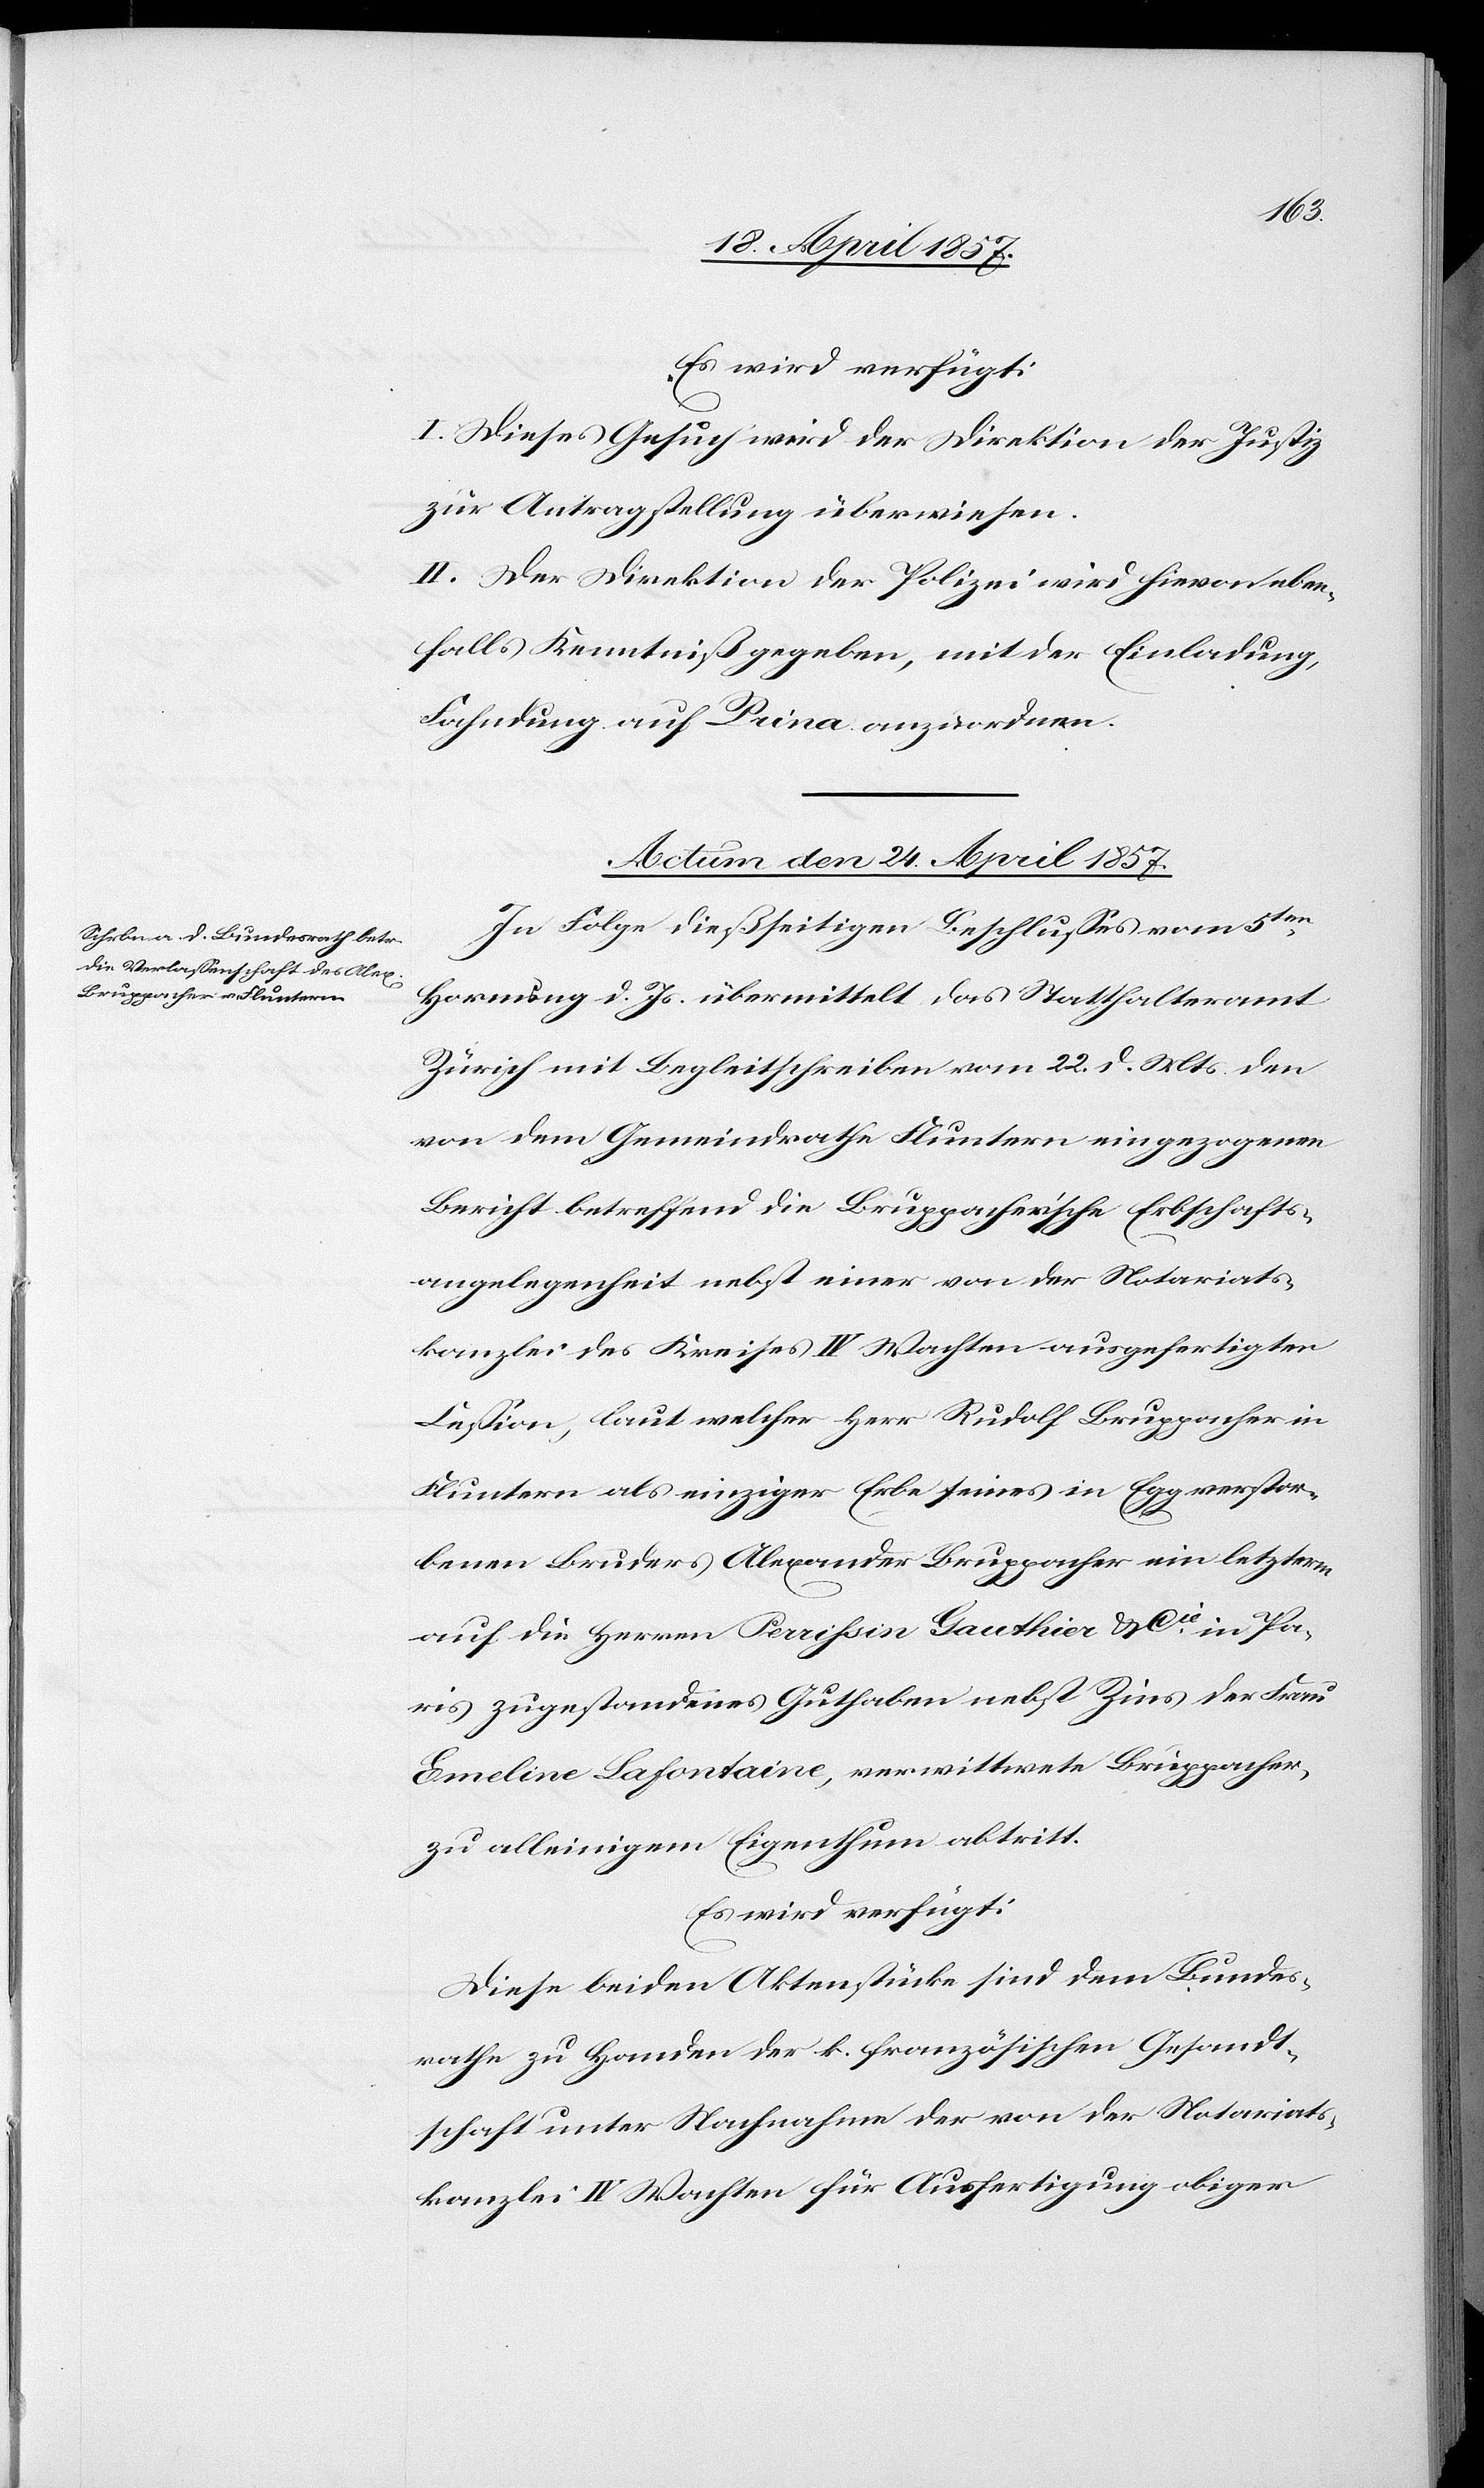
Es wird verfügt:
I. Dieses Gesuch wird der Direktion der Justiz
zur Antragstellung überwiesen.
II. Der Direktion der Polizei wird hievon eben¬
falls Kenntniß gegeben, mit der Einladung
Fahndung auf Prina anzuordnen.
Actum den 24. April 1857.
In Folge dießseitigen Beschlusses vom 5ten
Hornung d. Js. übermittelt das Statthalteramt
Zürich mit Begleitschreiben vom 22. d. Mts. den
von dem Gemeindrathe Fluntern eingezogenen
Bericht betreffend die Bruppacher'sche Erbschafts¬
angelegenheit nebst einer von der Notariats¬
kanzlei des Kreises IV Wachten ausgefertigten
Cession, laut welcher Herr Rudolf Bruppacher in
Fluntern als einziger Erbe seines in Egg verstor¬
benen Bruders Alexander Bruppacher ein letzterm
auf die Herren Perrissin Gauthier & Cie in Pa¬
ris zugestandenes Guthaben nebst Zins der Frau
Emeline Lafontaine, verwittwete Bruppacher,
zu alleinigem Eigenthum abtritt.
Es wird verfügt:
Diese beiden Aktenstücke sind dem Bundes¬
rathe zu Handen der k. französischen Gesandt¬
schaft unter Nachnahme der von der Notariats¬
kanzlei IV Wachten für Ausfertigung obiger